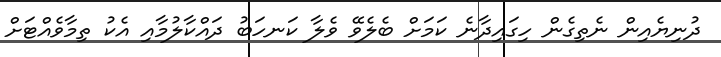
ދުނިޔެއިން ނެތިގެން ހިގައިދާނެ ކަމަށް ބެލެވޭ ވެލާ ކަނހަބު ދައްކާލުމާއި އެކު ތިމާވެއްޓަށް